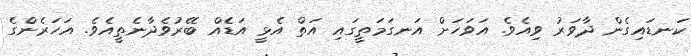
ކަނޑައިގެން ދާވަރު ވިއެވެ. އަވަހަށް އަނގަމަތީގައި އަތް އެޅީ އަޑެއް ބޭރުވެދާނެތީއެވެ. އަހަރެންގެ